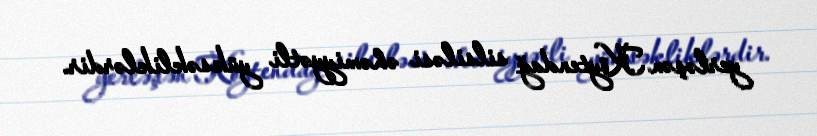
yerləşən Köytendağ silsiləsi əhəmiyyətli yüksəkliklərdir.